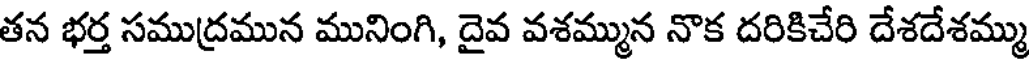
తన భర్త సముద్రమున మునింగి, దైవ వశమ్మున నొక దరికిచేరి దేశదేశమ్ము